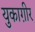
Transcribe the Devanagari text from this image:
युकाग़ीर